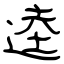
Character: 逵